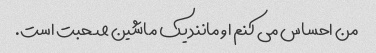
من احساس می کنم او مانند یک ماشین صحبت است.